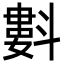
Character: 㪹